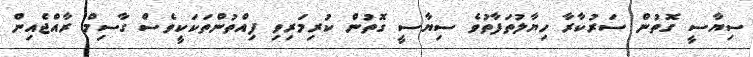
ސިޔާސީ ގޮތުން ސަރުކާރާ ހިޔާލުތަފާތުވެ ސިޔާސީ ގޮތުން ކުރިމަރިވި ފިއްތުންތަކަކީވެސް ގާސިމް ރާއްޖެއިން